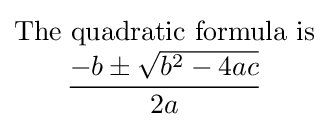
{\begin{matrix}{\text{The quadratic formula is}}\\\displaystyle {\frac {-b\pm {\sqrt {b^{2}-4ac}}}{2a}}\end{matrix}}